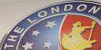
THE LONDON